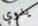
يدوي